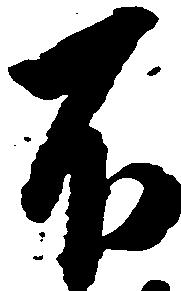
不